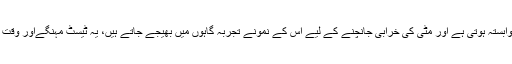
واضح رہےکہ روایتی انداز میں فصلوں کی زرخیزی کھیت کی مٹی سے وابستہ ہوتی ہے اور مٹی کی خرابی جانچنے کے لیے اس کے نمونے تجربہ گاہوں میں بھیجے جاتے ہیں، یہ ٹیسٹ مہنگےاور وقت طلب ہونے کی بنا پر عام اور غریب کسانوں کی پہنچ سے باہر ہوتے ہیں۔